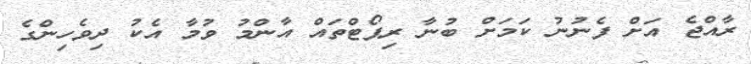
ރާއްޖެ އަށް ފެނުނު ކަމަށް ބުނާ ރިޕޯޓްތައް އާންމު ވުމާ އެކު ދިވެހިންގެ